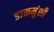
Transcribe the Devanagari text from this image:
डाकमुंशी